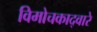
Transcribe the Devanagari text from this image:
विमोचकाद्वारे